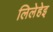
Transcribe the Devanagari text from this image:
लिलेहेइ